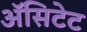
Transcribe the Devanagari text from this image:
ॲसिटेट